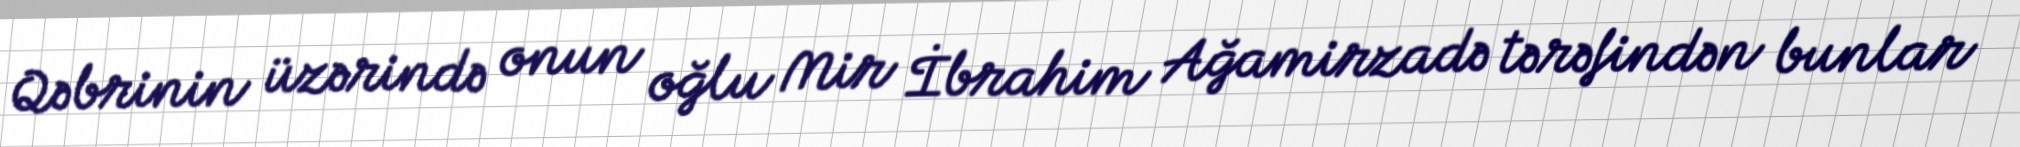
Qəbrinin üzərində onun oğlu Mir İbrahim Ağamirzadə tərəfindən bunlar